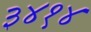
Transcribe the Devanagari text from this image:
३४१४